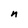
Character: n